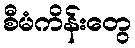
စီမံကိန်းတွေ